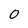
Character: 0